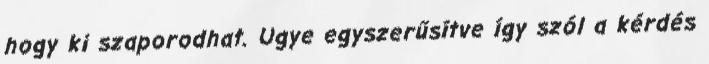
hogy ki szaporodhat. Ugye egyszerűsítve így szól a kérdés